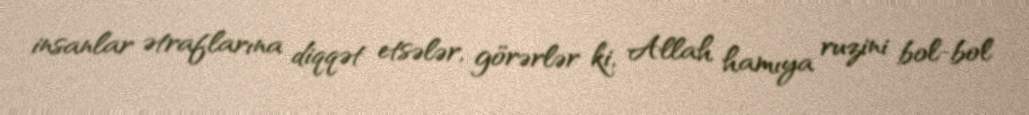
insanlar ətraflarına diqqət etsələr, görərlər ki, Allah hamıya ruzini bol-bol